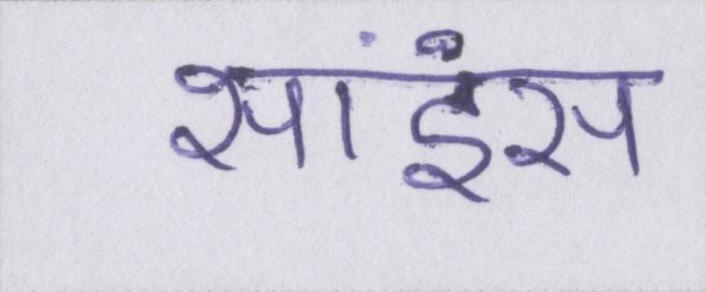
साइंस